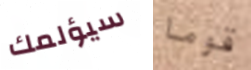
سيؤلمك قوما